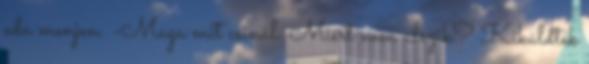
oda menjen. -Maga mit csinál. Miért nem alszik? Kiküldték